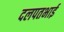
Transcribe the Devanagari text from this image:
दलपतभाई